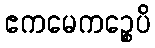
ဧကမေကဉ္စေပိ